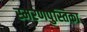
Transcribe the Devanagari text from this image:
स्मरणपुस्तिका